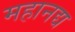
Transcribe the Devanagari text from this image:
महानद्य